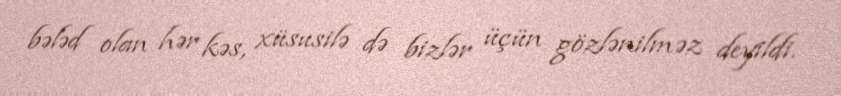
bələd olan hər kəs, xüsusilə də bizlər üçün gözlənilməz deyildi.